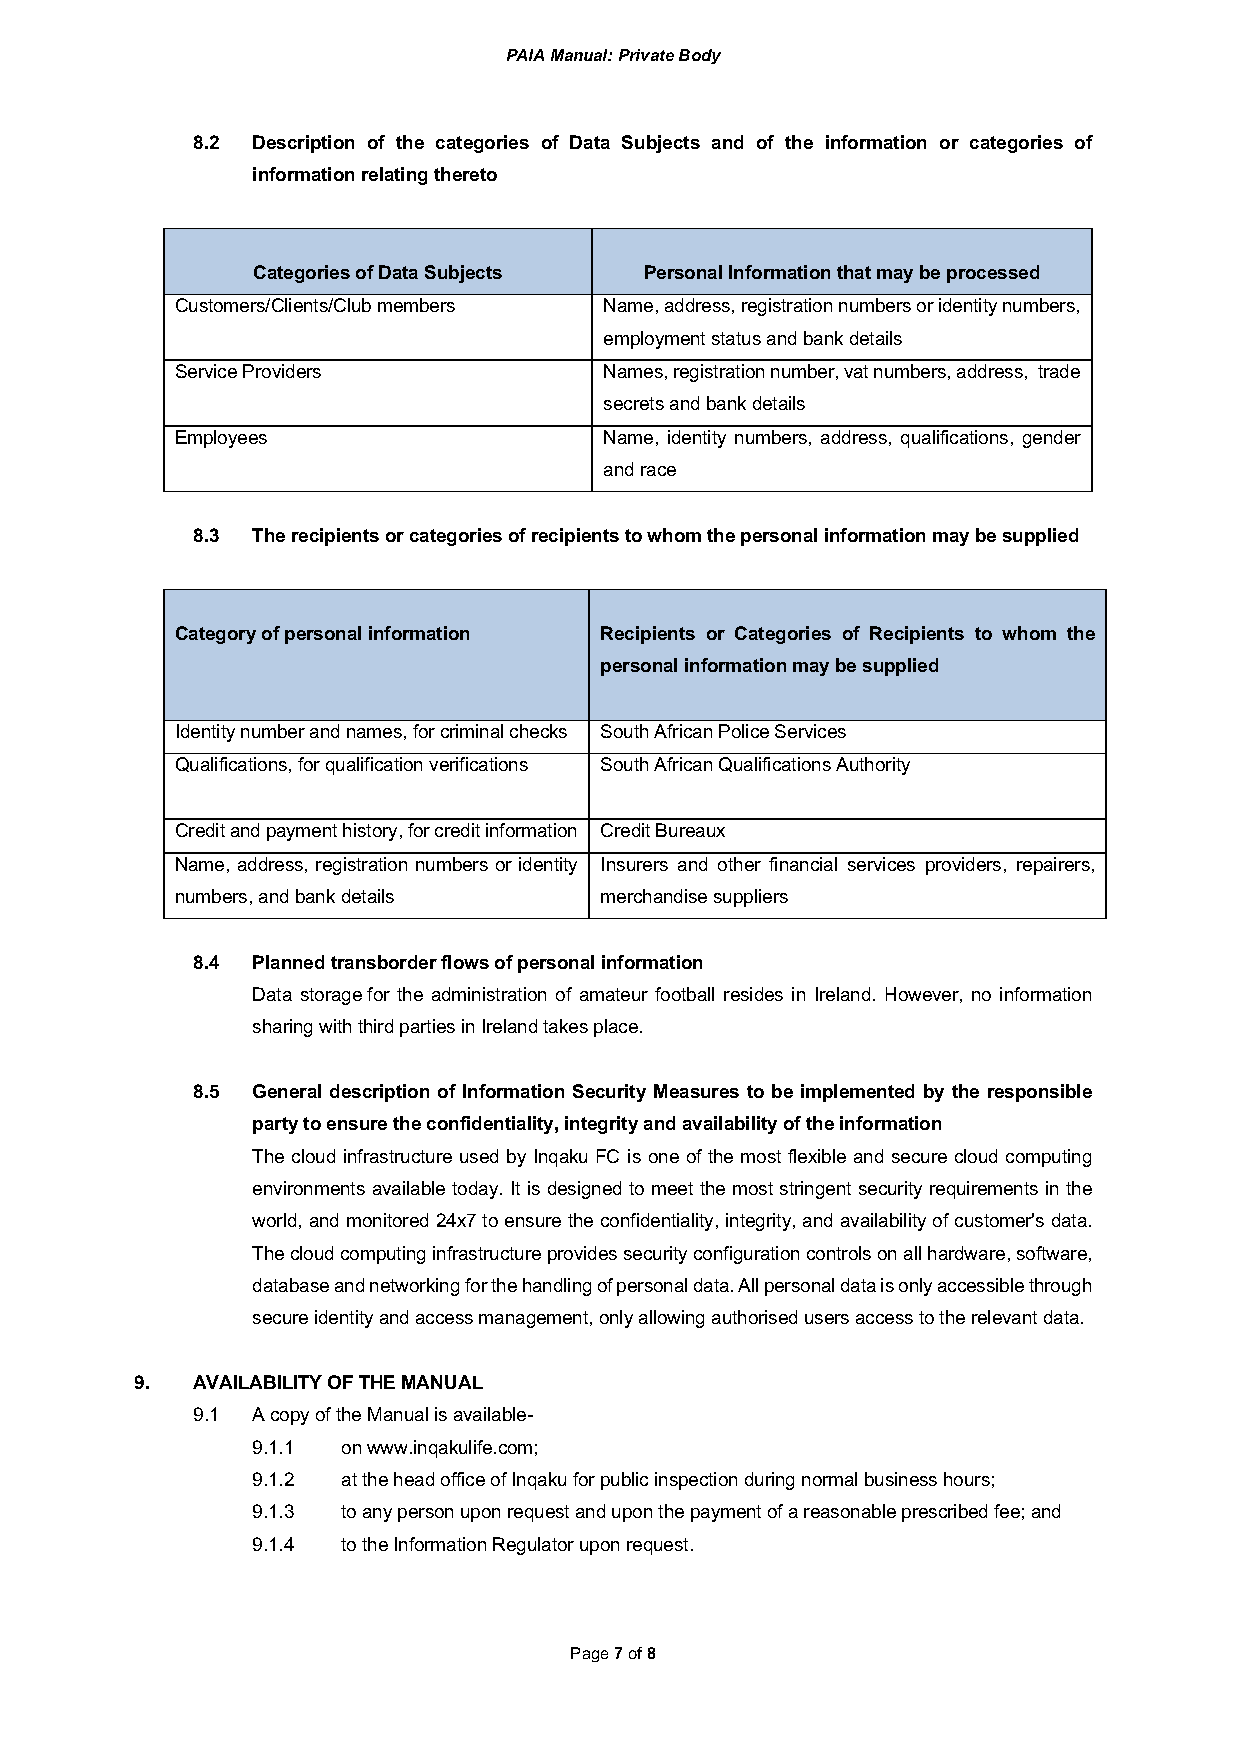
PAIA Manual: Private Body
 8.2 Description of the categories of Data Subjects and of the information or categories of
 information relating thereto
 Categories of Data Subjects Personal Information that may be processed
 Customers/Clients/Club members Name, address, registration numbers or identity numbers,
 employment status and bank details
 Service Providers           Names, registration number, vat numbers, address, trade
 secrets and bank details
 Employees                   Name, identity numbers, address, qualifications, gender
 and race
 8.3 The recipients or categories of recipients to whom the personal information may be supplied
 Category of personal information Recipients or Categories of Recipients to whom the
 personal information may be supplied
 Identity number and names, for criminal checks South African Police Services
 Qualifications, for qualification verifications South African Qualifications Authority
 Credit and payment history, for credit information Credit Bureaux
 Name, address, registration numbers or identity Insurers and other financial services providers, repairers,
 numbers, and bank details   merchandise suppliers
 8.4 Planned transborder flows of personal information
 Data storage for the administration of amateur football resides in Ireland. However, no information
 sharing with third parties in Ireland takes place.
 8.5 General description of Information Security Measures to be implemented by the responsible
 party to ensure the confidentiality, integrity and availability of the information
 The cloud infrastructure used by Inqaku FC is one of the most flexible and secure cloud computing
 environments available today. It is designed to meet the most stringent security requirements in the
 world, and monitored 24x7 to ensure the confidentiality, integrity, and availability of customer's data.
 The cloud computing infrastructure provides security configuration controls on all hardware, software,
 database and networking for the handling of personal data. All personal data is only accessible through
 secure identity and access management, only allowing authorised users access to the relevant data.
 9.  AVAILABILITY OF THE MANUAL
 9.1 A copy of the Manual is available-
 9.1.1 on www.inqakulife.com;
 9.1.2 at the head office of Inqaku for public inspection during normal business hours;
 9.1.3 to any person upon request and upon the payment of a reasonable prescribed fee; and
 9.1.4 to the Information Regulator upon request.
 Page 7 of 8